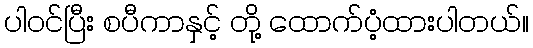
ပါဝင်ပြီး စပီကာနှင့် တို့ ထောက်ပံ့ထားပါတယ်။